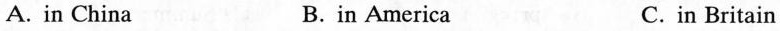
A. in China B.in America C.in Britain